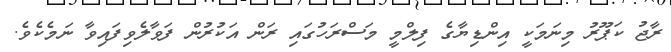
ރާޖު ކަޕޫރު މިނަމަކީ އިންޑިޔާގެ ފިލްމީ މަސްރަހުގައި ރަން އަކުރުން ފަވާލެވިފައިވާ ނަމެކެވެ.